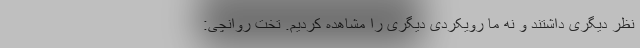
نظر دیگری داشتند و نه ما رویکردی دیگری را مشاهده کردیم. تخت روانچی: